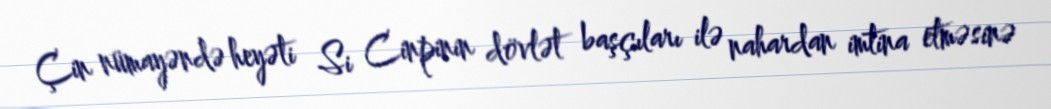
Çin nümayəndə heyəti Si Cinpinin dövlət başçıları ilə nahardan imtina etməsinə